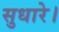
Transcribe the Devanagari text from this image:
सुधारे।